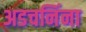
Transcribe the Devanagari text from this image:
अडचनिंना